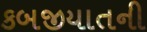
કબજીયાતની